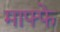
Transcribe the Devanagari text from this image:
माफ्फे